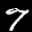
Digit: 7